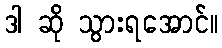
ဒါ ဆို သွားရအောင်။